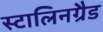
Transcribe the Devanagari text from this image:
स्टालिनग्रैड